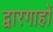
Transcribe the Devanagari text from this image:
द्वारगाहों